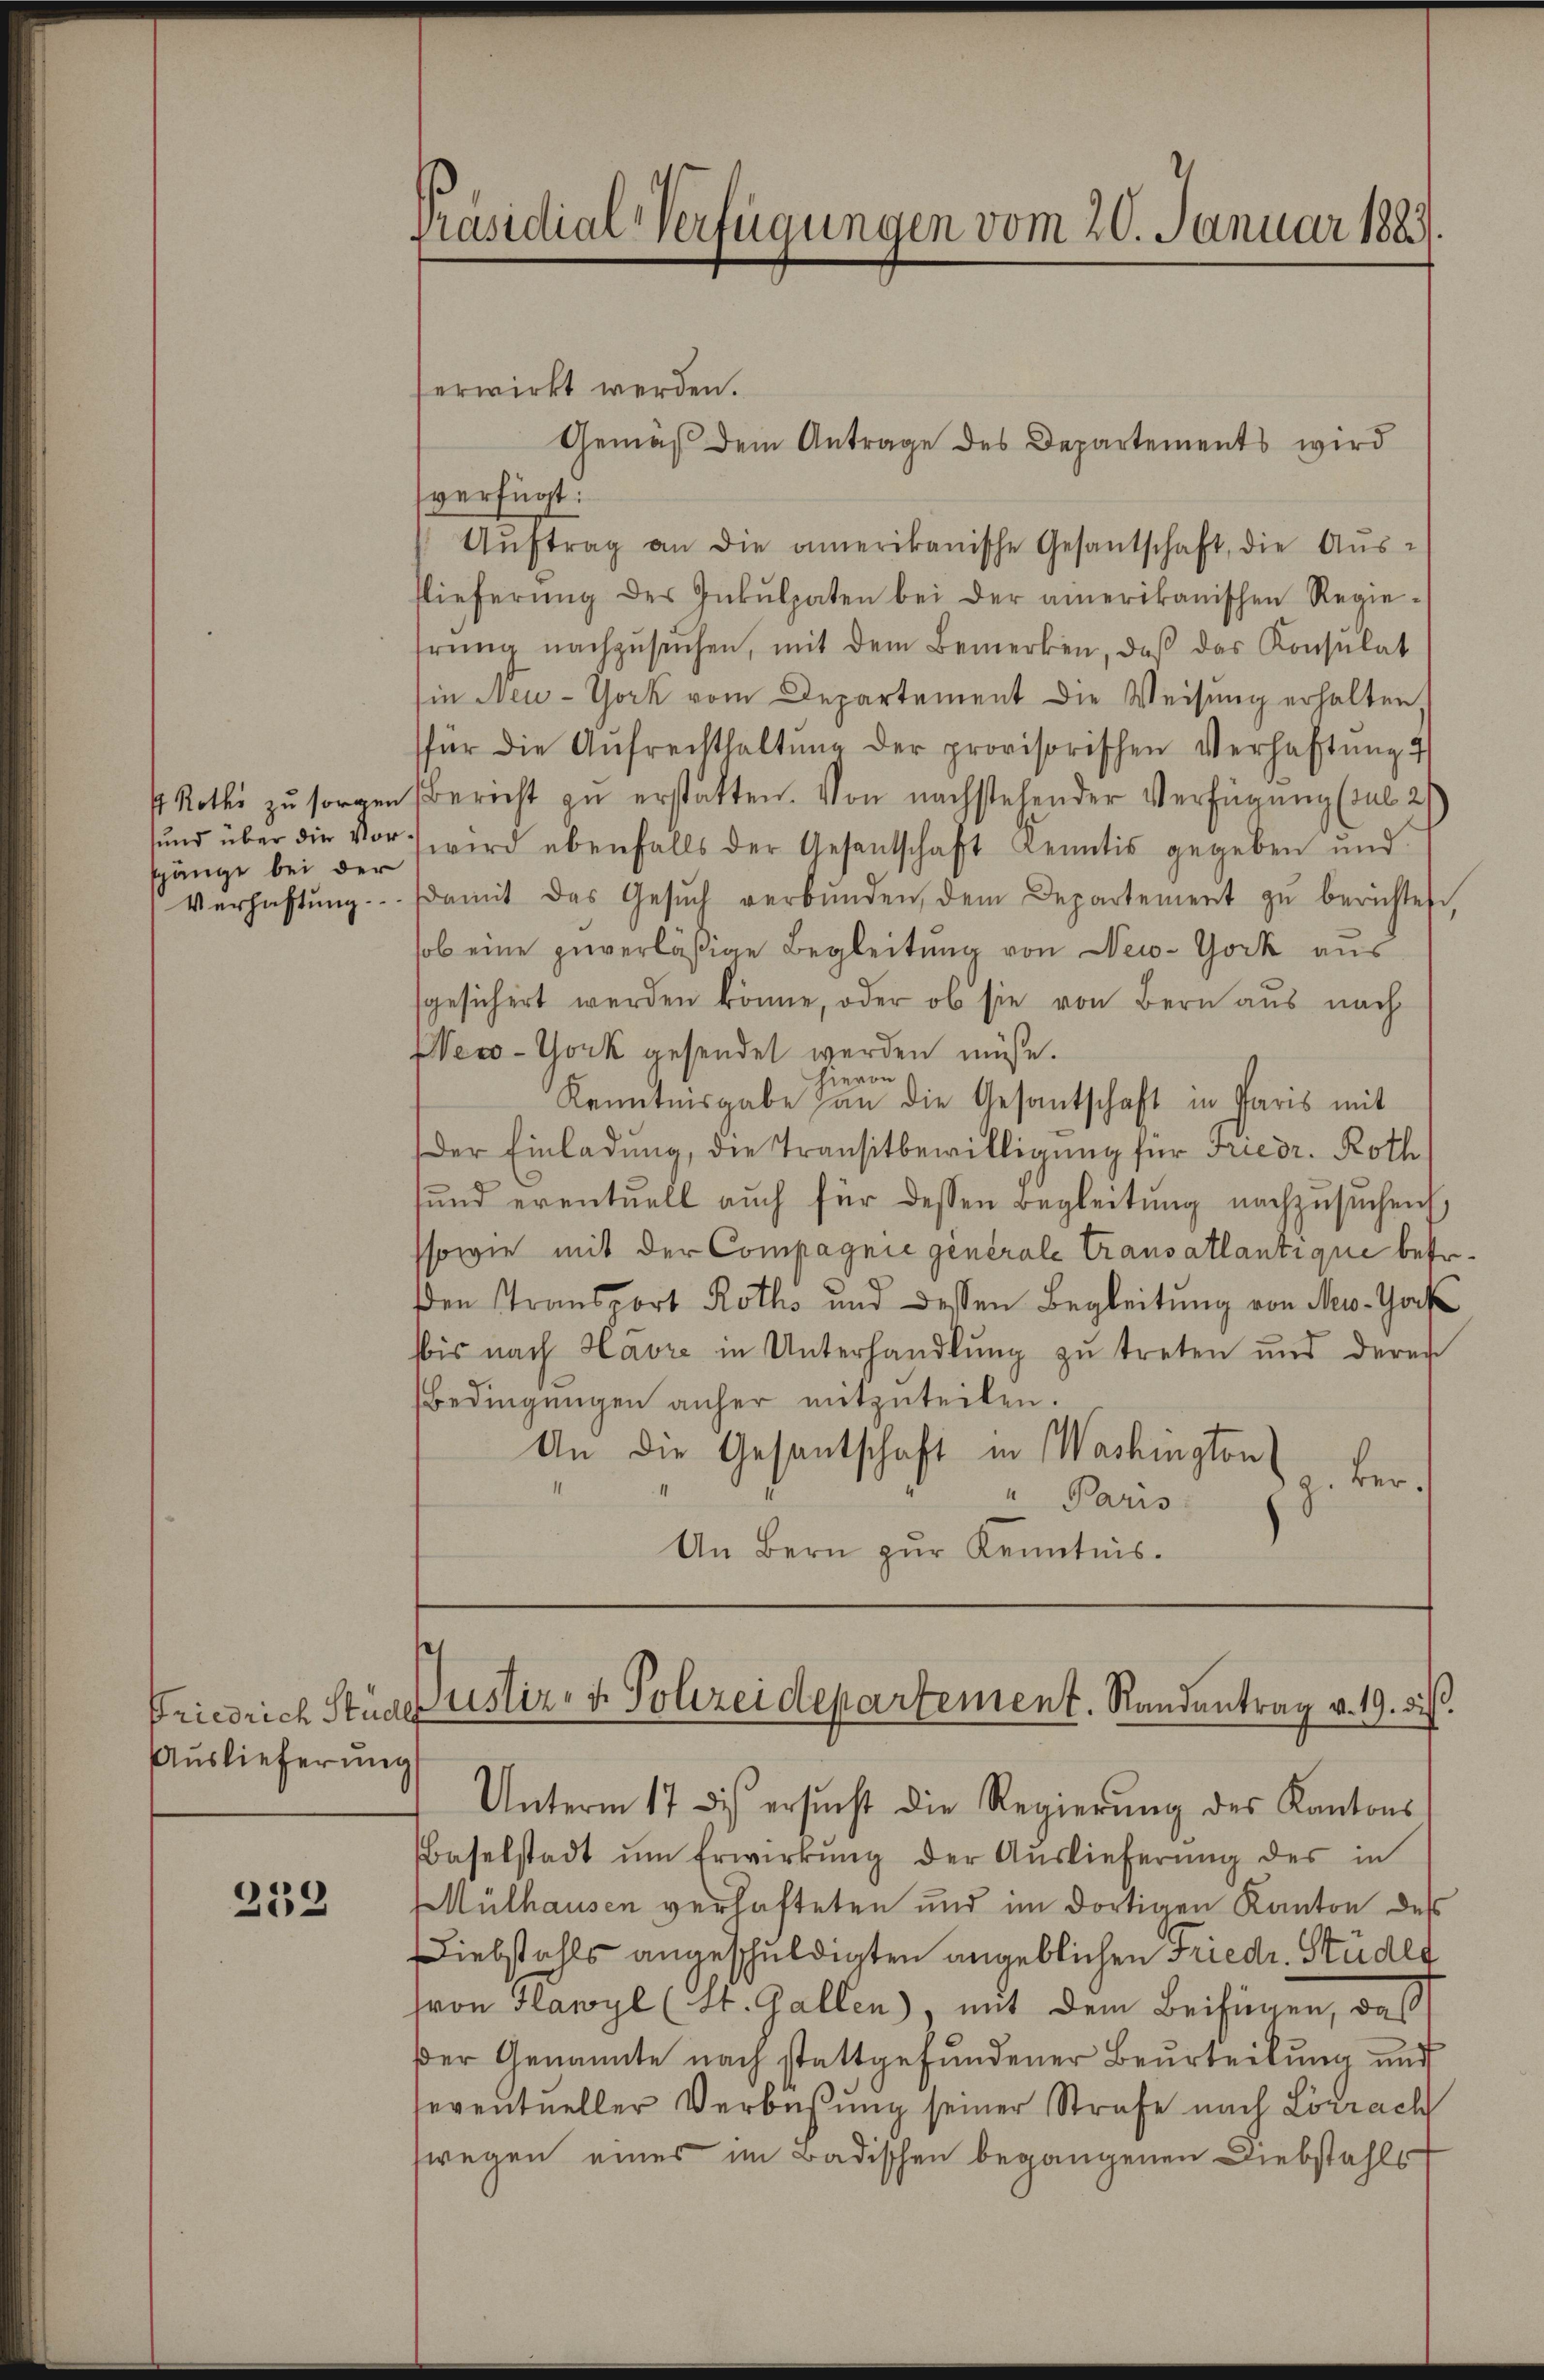
Roths zu sorgen
sund über die Vorsgänge bei der
Verhaftung

Auslieferung

259

Präsidial-Verfügungen vom 20. Januar 1883

erwirkt werden.
Gemäß dem Antrage des Departements wird
verfügt:
Aŭftrag an die amerikanische Gesantschaft, die Aŭs-
lieferŭng des Inkulpaten bei der amerikanischen Regie-
hrŭng nachzŭsŭchen, mit dem Bemerken, daß das Konsulat
in New-York vom Departement die Weisung erhalten
für die Aŭfrechthaltŭng der provisorischen Verhaftung 4
Bericht zu erstatten. Von nachstehender Verfügung (sub 2
wird ebenfalls der Gesentschaft Kenntis gegeben und
damit das Gesŭch verbŭnden dem Departement zŭ berichtet,
sob eine zuverläßige Begleitung von New-York aus
gesichert werden könne, oder ob sie von Bern aus nach
Neco-York gesendet werden müße.
hievon
Kenntnisgabe an die Gesantschaft in Paris mit
Der Einladung, die Transitbewilligung für Friedr. Roth
und eventuell auch für dessen Begleitŭng nachzusuchen,
sowie mit der Compagnie générale Transatlantique betr.
den Transport Roths und dessen Begleitung von New-York
bis nach Havre in Unterhandlung zu treten und deren
Bedingŭngen anher mitzuteilen.
An die Gesantschaft in Washington
z. ber
I
4
" Paris
An Bern zŭr Kenntnis.

Friedrich Studes ustiz- & Polizeidepartement. Randantrag v. 19. d.

Unterm 17. dis ersucht die Regierŭng des Kantons
Baselstadt ŭm Erwirkŭng der Auslieferŭng des in
Mülhausen verhafteten und im dortigen Kanton des
Diebstahls angeschuldigten angeblichen Friedr. Studes
sron Flawyl (St. Gallen), mit dem Beifügen, daß
der Genannte nach stattgefundener Beurteilung und
seventueller Verbüßung seiner Strafe nach Lörrach
swegen eines im Badischen begangenen Diebstahls